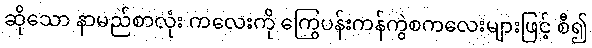
ဆိုသော နာမည်စာလုံး ကလေးကို ကြွေပန်းကန်ကွဲစကလေးများဖြင့် စီ၍